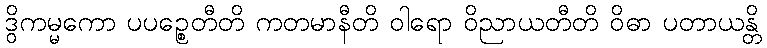
ဒွိကမ္မကော ပပဉ္စေတီတိ ကတမာနီတိ ဝါရော ဝိညာယတီတိ ဝိဓာ ပတာယန္တိ